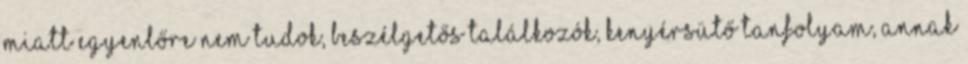
miatt egyenlőre nem tudok, beszélgetős találkozók, kenyérsütő tanfolyam, annak